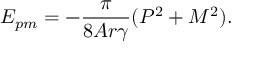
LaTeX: E _ { p m } = - \frac { \pi } { 8 A r { \gamma } } ( { \cal P } ^ { 2 } + { \cal M } ^ { 2 } ) .